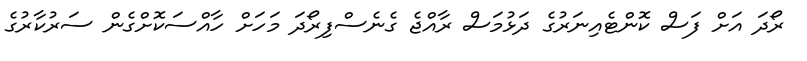
ރޯދަ އަށް ފަސް ކޮންޓެއިނަރުގެ ދަޅުމަސް ރާއްޖެ ގެނެސްފިރޯދަ މަހަށް ހާއްސަކޮށްގެން ސަރުކާރުގެ